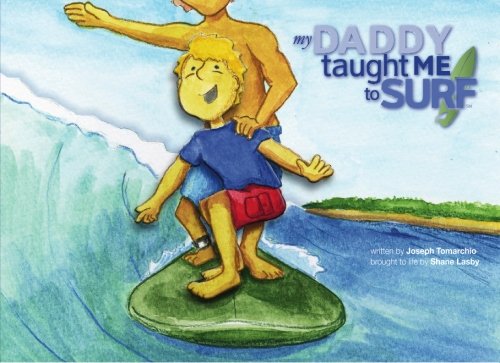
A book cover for My Daddy Taught Me to Surf; Joseph Tomarchio; Children's Books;